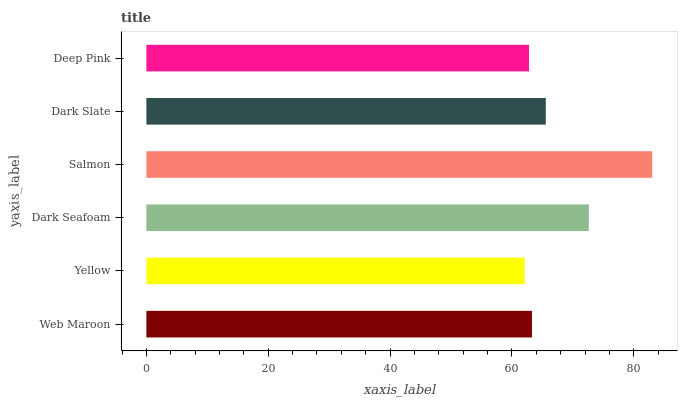
| yaxis_label | bars |
 | --- | --- |
 | Web Maroon | 63.3 |
 | Yellow | 62.1 |
 | Dark Seafoam | 72.6 |
 | Salmon | 83 |
 | Dark Slate | 65.6 |
 | Deep Pink | 62.8 |